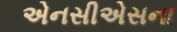
એનસીએસના